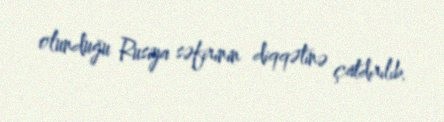
olunduğu Rusiya səfirinin diqqətinə çatdırılıb.